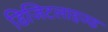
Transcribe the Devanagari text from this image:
डिजिटलाइज्ड